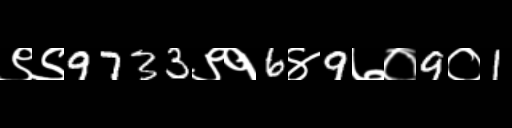
Text: ९९9733९१6४9७०9०1